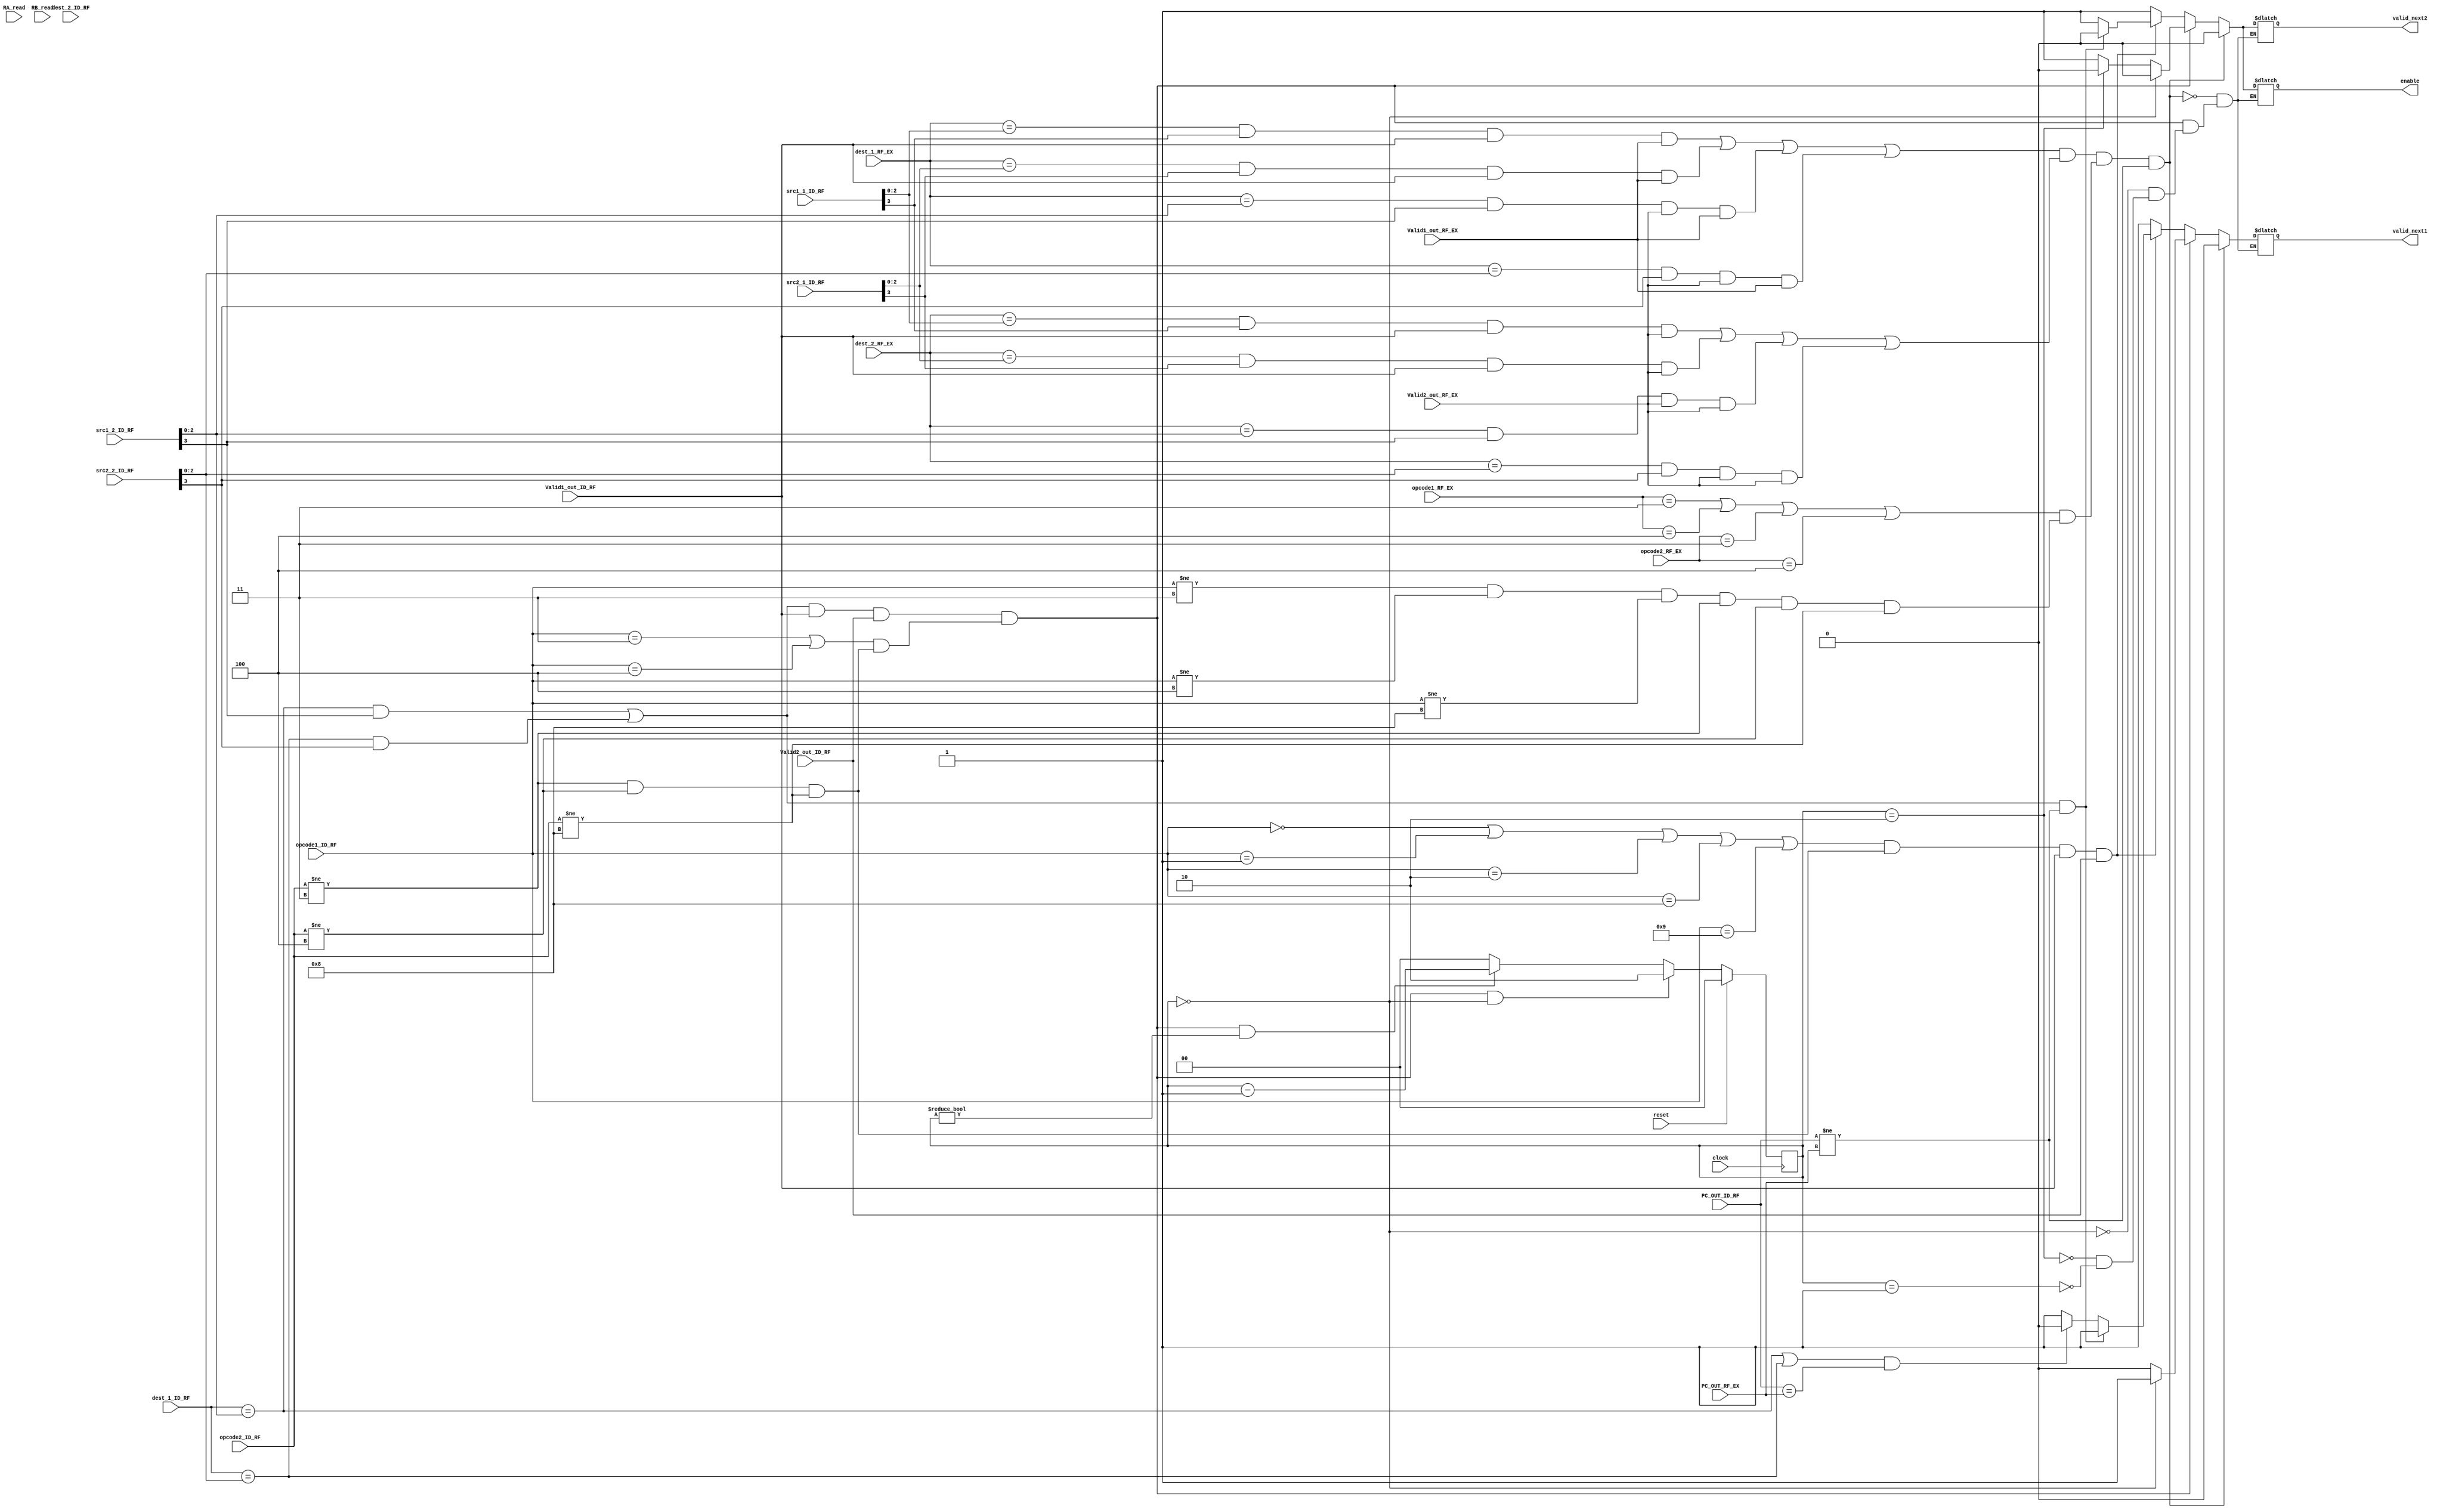
module Dependency_resolver_and_staller
(
valid_next1,
valid_next2,
enable,

opcode1_ID_RF, 
opcode2_ID_RF,
opcode1_RF_EX, 
opcode2_RF_EX,
PC_OUT_ID_RF,
PC_OUT_RF_EX, 
src1_1_ID_RF,
src2_1_ID_RF,
src1_2_ID_RF,
src2_2_ID_RF,
dest_1_ID_RF,
dest_2_ID_RF,
dest_1_RF_EX,
dest_2_RF_EX,
RA_read,
RB_read,
Valid1_out_ID_RF,
Valid2_out_ID_RF,
Valid1_out_RF_EX,
Valid2_out_RF_EX,
clock,
reset
);

input [15:0] PC_OUT_ID_RF, PC_OUT_RF_EX, RA_read, RB_read;
input [3:0] opcode1_ID_RF, opcode2_ID_RF, opcode1_RF_EX, opcode2_RF_EX, src1_1_ID_RF, src2_1_ID_RF, src1_2_ID_RF, src2_2_ID_RF; 
input [2:0] dest_1_ID_RF, dest_2_ID_RF, dest_1_RF_EX, dest_2_RF_EX;
input Valid1_out_ID_RF, Valid2_out_ID_RF, Valid1_out_RF_EX, Valid2_out_RF_EX, clock, reset;
reg stall_cycle1;
reg [1:0] stall_cycle2;
output reg valid_next1, valid_next2, enable;

wire src_dest_chk1, src_dest_chk2, src_dest_chk3, load_dependency_bw_stages, load_dependency_within_stages;
reg [1:0] inter_stage_dependency_flag;


//assign src_dest_chk1 = ((dest_1_ID_RF == src1_2_ID_RF[2:0]) && src1_2_ID_RF[3] || (dest_1_ID_RF == src2_2_ID_RF[2:0]) && src2_2_ID_RF[3] || 
//		(dest_1_ID_RF == src1_1_decoder[2:0]) && src1_1_decoder[3]|| (dest_1_ID_RF == src2_1_decoder[2:0]) && src2_1_decoder[3] || (dest_1_ID_RF == src1_2_decoder[2:0]) 
//		&& src1_2_decoder[3] || (dest_1_ID_RF == src2_2_decoder[2:0]) && src2_2_decoder[3] || (dest_2_ID_RF == src1_1_decoder[2:0]) && src1_1_decoder[3] || 
//		(dest_2_ID_RF == src2_1_decoder[2:0]) && src2_1_decoder[3] || (dest_2_ID_RF == src1_2_decoder[2:0]) && src1_2_decoder[3]|| (dest_2_ID_RF == src2_2_decoder[2:0]) 
//		&& src2_2_decoder[2:0]) ? 1 : 0;

assign src_dest_chk1 = 	(dest_1_RF_EX == src1_1_ID_RF[2:0]) && src1_1_ID_RF[3] && Valid1_out_ID_RF && Valid1_out_RF_EX || 
									(dest_1_RF_EX == src2_1_ID_RF[2:0]) && src2_1_ID_RF[3] && Valid1_out_ID_RF && Valid1_out_RF_EX ||
									(dest_1_RF_EX == src1_2_ID_RF[2:0]) && src1_2_ID_RF[3] && Valid2_out_RF_EX && Valid1_out_RF_EX ||
									(dest_1_RF_EX == src2_2_ID_RF[2:0]) && src2_2_ID_RF[3] && Valid2_out_RF_EX && Valid1_out_RF_EX ;
									
assign src_dest_chk2 = 	(dest_2_RF_EX == src1_1_ID_RF[2:0]) && src1_1_ID_RF[3] && Valid1_out_ID_RF && Valid2_out_RF_EX || 
									(dest_2_RF_EX == src2_1_ID_RF[2:0]) && src2_1_ID_RF[3] && Valid1_out_ID_RF && Valid2_out_RF_EX ||
									(dest_2_RF_EX == src1_2_ID_RF[2:0]) && src1_2_ID_RF[3] && Valid2_out_RF_EX && Valid2_out_RF_EX ||
									(dest_2_RF_EX == src2_2_ID_RF[2:0]) && src2_2_ID_RF[3] && Valid2_out_RF_EX && Valid2_out_RF_EX ;
									
assign load_dependency_bw_stages = 	
							((opcode1_RF_EX == 4'b0011) || (opcode1_RF_EX == 4'b0100) || (opcode2_RF_EX == 4'b0011) || (opcode2_RF_EX == 4'b0100)) &&
							((opcode1_ID_RF != 4'b0011) && (opcode1_ID_RF != 4'b0100) && (opcode1_ID_RF != 4'b1000) && 
							(opcode2_ID_RF != 4'b0011) && (opcode2_ID_RF != 4'b0100) && (opcode2_ID_RF != 4'b1000));
									 
assign load_dependency_within_stages = 
							((opcode1_ID_RF == 4'b0011) || (opcode1_ID_RF == 4'b0100)) &&
							((opcode2_ID_RF != 4'b0011) && (opcode2_ID_RF != 4'b0100) && (opcode2_ID_RF != 4'b1000));
							
assign src_dest_chk3 = ((dest_1_ID_RF == src1_2_ID_RF[2:0]) && src1_2_ID_RF[3] || (dest_1_ID_RF == src2_2_ID_RF[2:0]) && src2_2_ID_RF[3])
								&& Valid1_out_ID_RF && Valid2_out_ID_RF;

									 
always@(posedge clock)
begin
	
	if(reset)
		inter_stage_dependency_flag <= 2'b00;
	else if(src_dest_chk3 && load_dependency_within_stages && (inter_stage_dependency_flag == 2'b00))
		inter_stage_dependency_flag <= 2'b10;
	else if(src_dest_chk3 && load_dependency_within_stages && (inter_stage_dependency_flag != 2'b00))
		inter_stage_dependency_flag <= inter_stage_dependency_flag - 1;
	else
		inter_stage_dependency_flag <= 2'b00;
end

always@(*)
begin
	
	if(src_dest_chk1 && src_dest_chk2 && load_dependency_bw_stages && ((PC_OUT_ID_RF != PC_OUT_RF_EX))) begin //intra stage load dependency check
		valid_next1 <= 1'b0;
		valid_next2 <= 1'b0;
		enable <= 1'b0; // stall by 1 cycle
	end
	
	else if(src_dest_chk3 && load_dependency_within_stages) begin //LOAD dependency within stages // Stall by 2 cycles
		if (inter_stage_dependency_flag == 2'b00) begin
			valid_next1 <= 1'b1;
			valid_next2 <= 1'b0;
			enable <= 1'b0;
		end
		
		else if (inter_stage_dependency_flag == 2'b10) begin
			valid_next1 <= 1'b0;
			valid_next2 <= 1'b0;
			enable <= 1'b0;
		end
		
		else if (inter_stage_dependency_flag == 2'b01) begin
			valid_next1 <= 1'b0;
			valid_next2 <= 1'b1;
			enable <= 1'b1;
		end
	
	end
	
	else if(((opcode1_ID_RF == 4'b0000) || (opcode1_ID_RF == 4'b0001) || (opcode1_ID_RF == 4'b0010) || (opcode1_ID_RF == 4'b1000) 
	|| (opcode1_ID_RF == 4'b1001)) && 
	((opcode2_ID_RF != 4'b0011) && (opcode2_ID_RF != 4'b0100) && (opcode2_ID_RF != 4'b1000)) && Valid1_out_ID_RF && Valid2_out_ID_RF) 
	// ALU/JAL/JLR-ALU/Store dependency
	begin
		if((((dest_1_ID_RF == src1_2_ID_RF[2:0]) && src1_2_ID_RF[3] )|| (dest_1_ID_RF == src2_2_ID_RF[2:0]) && src2_2_ID_RF[3]) && (PC_OUT_ID_RF != PC_OUT_RF_EX)) begin
			valid_next1 <= 1'b1;
			valid_next2 <= 1'b0;
			enable <= 1'b0;
		end
		else if(((dest_1_ID_RF == src1_2_ID_RF[2:0]) || (dest_1_ID_RF == src2_2_ID_RF[2:0])) && (PC_OUT_ID_RF == PC_OUT_RF_EX)) begin
			valid_next1 <= 1'b0;
			valid_next2 <= 1'b1;
			enable <= 1'b1;
		end
		else begin
			valid_next1 <= 1'b1;
			valid_next2 <= 1'b1;
			enable <= 1'b1;
		end
	end
	
	else begin
		valid_next1 <= 1'b1;
		valid_next2 <= 1'b1;
		enable <= 1'b1;
	end
end
endmodule